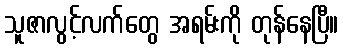
သူဇာလွင့်လက်တွေ အရမ်းကို တုန်နေပြီ။